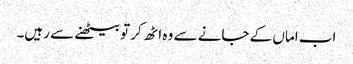
اب اماں کے جانے سے وہ اٹھ کر تو بیٹھنے سے رہیں۔